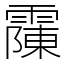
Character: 䨯